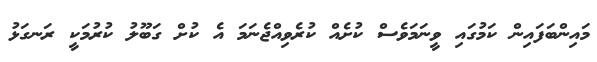
މައިންބަފައިން ކަމުގައި ވީނަމަވެސް ކުށެއް ކުރެވިއްޖެނަމަ އެ ކުށް ގަބޫލު ކުރުމަކީ ރަނގަޅު